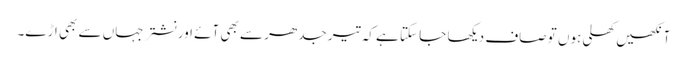
آنکھیں کھلی ہوں تو صاف دیکھا جا سکتا ہے کہ تیر جدھر سے بھی آئے اور نشتر جہاں سے بھی اڑے۔